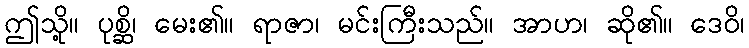
ဤသို့။ ပုစ္ဆိ၊ မေး၏။ ရာဇာ၊ မင်းကြီးသည်။ အာဟ၊ ဆို၏။ ဒေဝိ၊